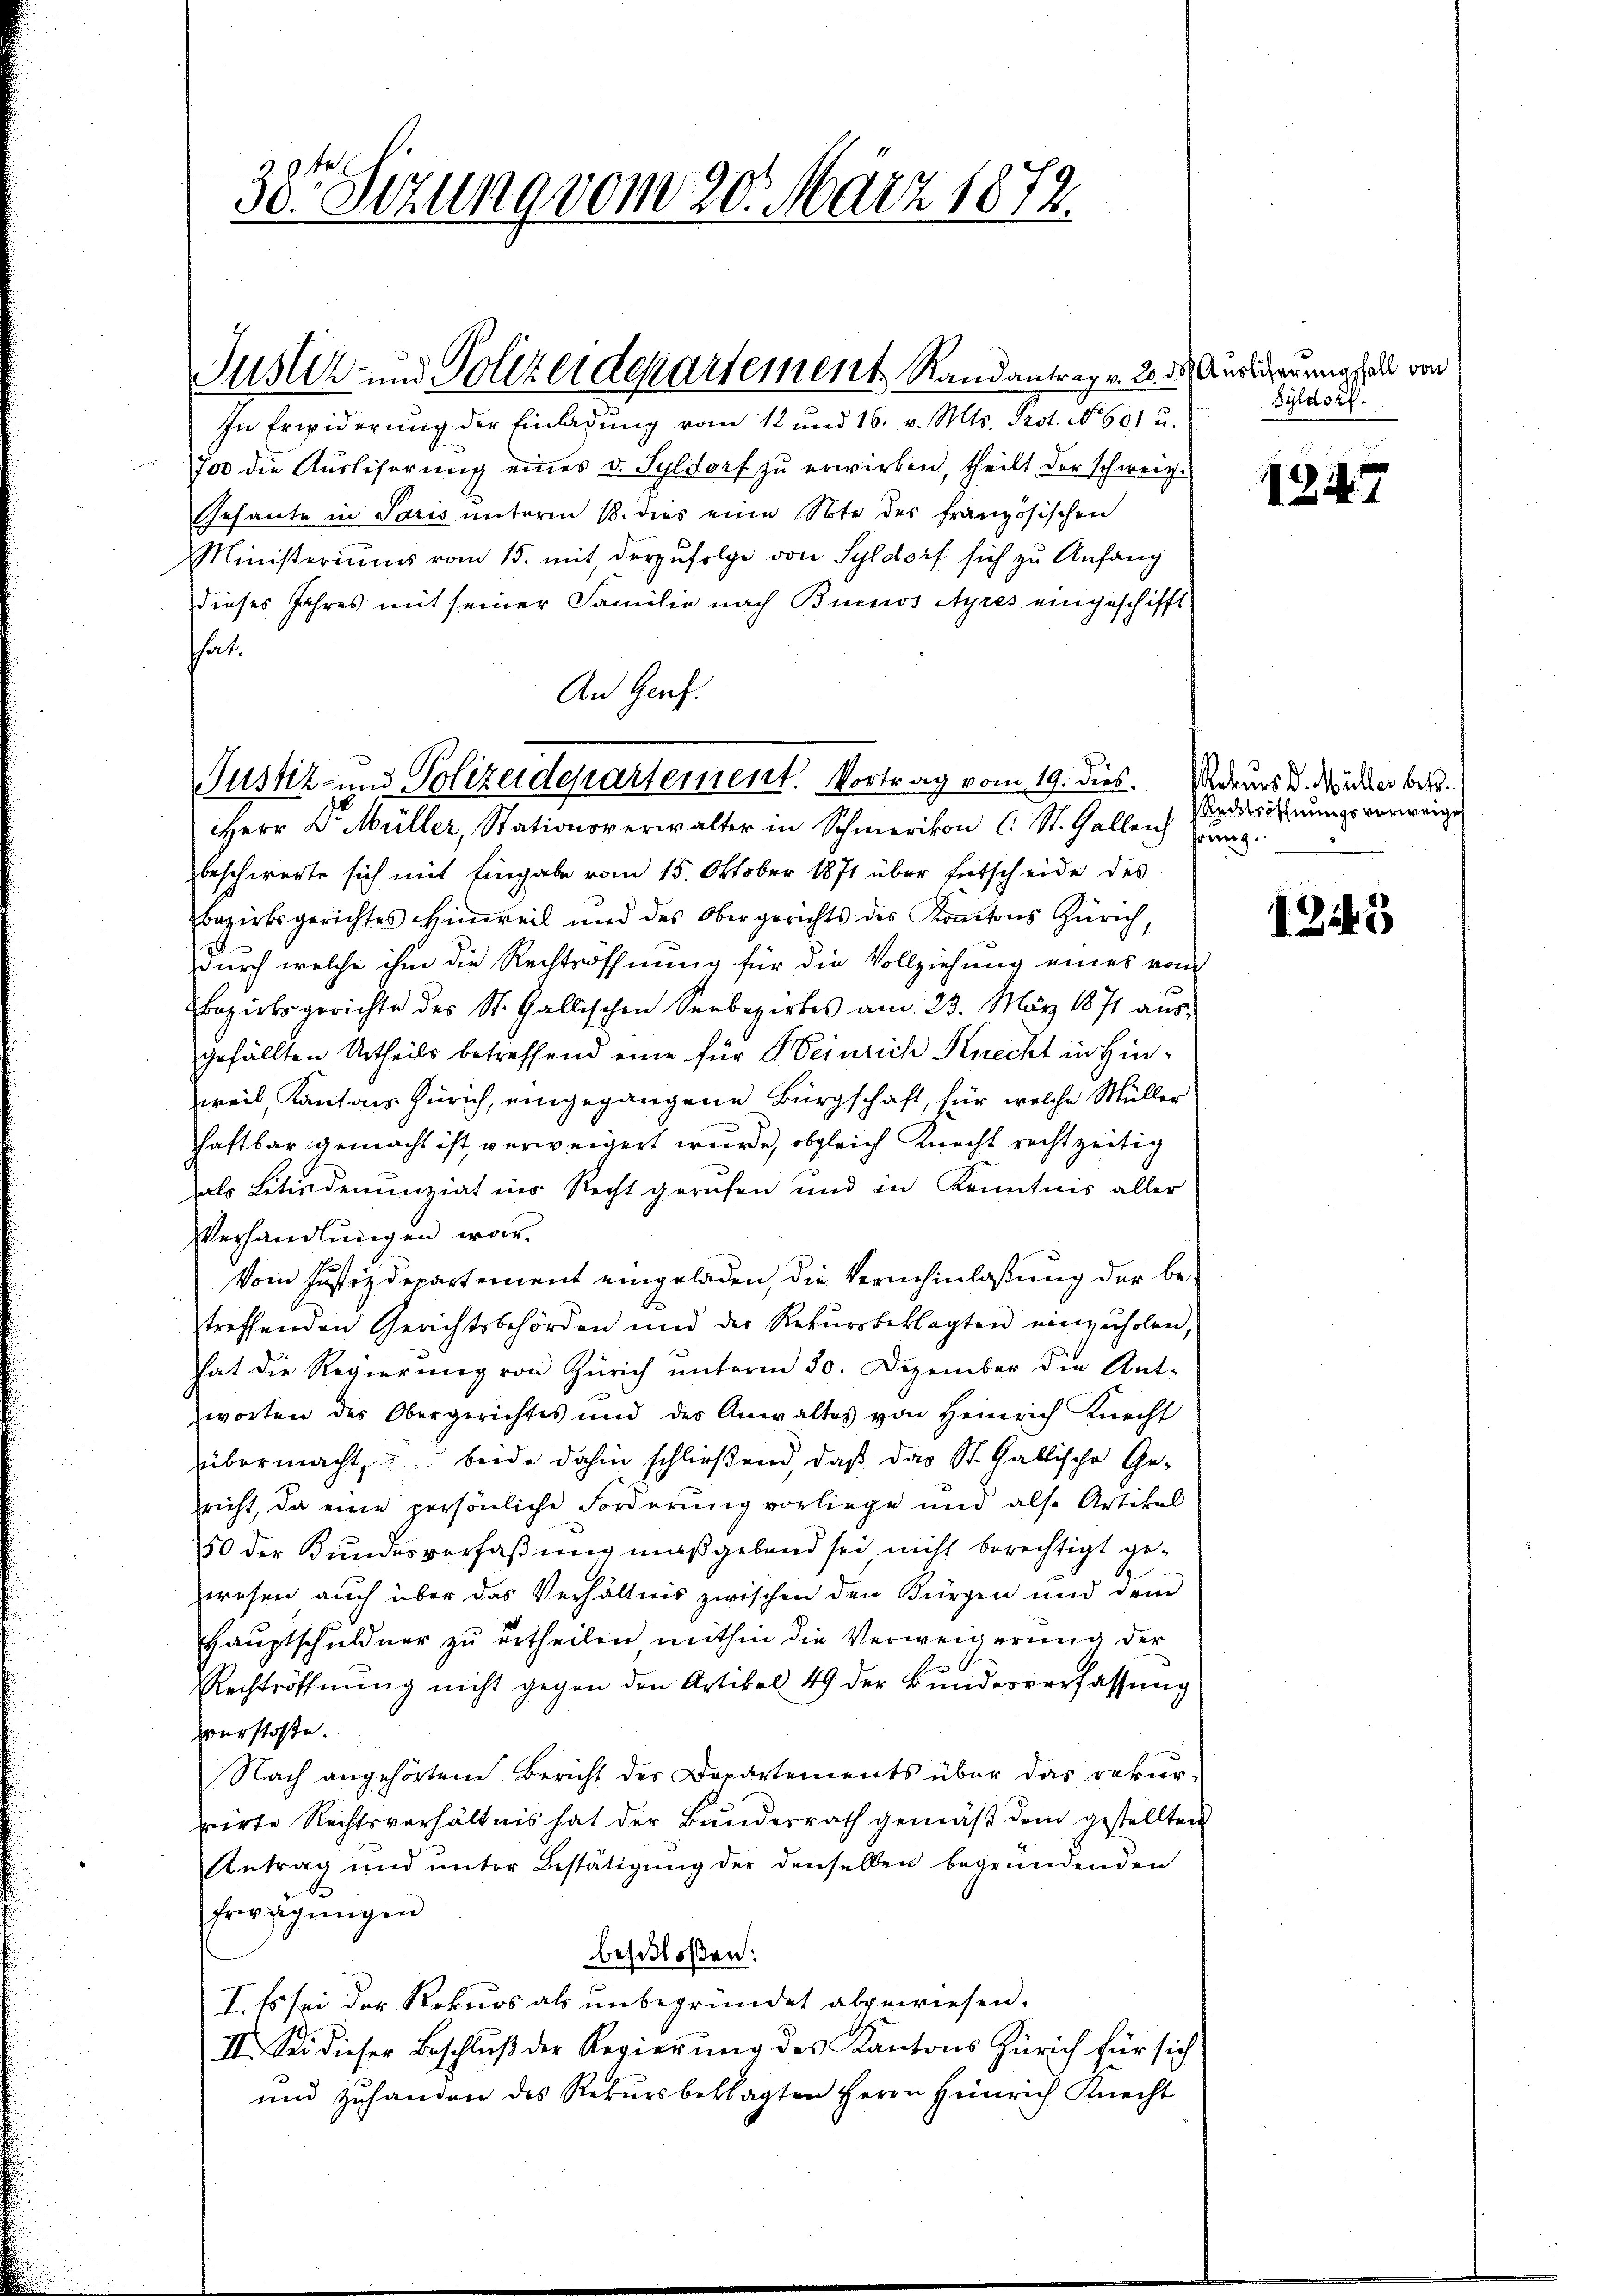
38te Sezung vom 20. März 1872.

Justiz- und Polizeidepartement Randantrage. 2. ds Audigerung als von

Justiz- und Polizeidepartement. Vortrag vom 19. dies. Andeurs d. Nicker betr.

In Erwiderung der Einladung vom 12 und 16. v. Mts. Prot. No 601 u.
700 die Aŭsliserŭng eines v. Syldorf zŭ erwirken, theilt der schweiz.
Gesante in Paris unterm 18. dies eine Note des französischen
Ministeriums vom 15. mit derzufolge von Syldorf sich zu Anfang
dieses Jahres mit seiner Familie nach Buenos Ayres eingeschifft
hat.
An Genf.
Herr Dr. Müller, Stationsverwalter in Schmerikon (: St. Gallen
beschwerte sich mit Eingabe vom 15. Oktober 1871 über Entscheide des
Bezirksgerichtes Hinweil und des Obergerichts des Kantons Zürich,
Durch welche ihm die Rechtsöffnung für die Vollziehung eines vom
Bezirksgerichte des St. Gallischen Seebezirkes am 23. März 1871 aŭs-
gefällten Urtheils betreffend eine für Heinrich Knecht in Hinweil Kantons Zürich, eingegangene Bürgschaft, für welche Müller
haftbar gemacht ist, verweigert wurde, obgleich Knecht rechtzeitig
als Litudenunziat ins Recht gerufen und in Kenntnis aller
Verhandlungen war.
Vom Justizdepartement eingeladen, die Vernehmlaßung der betreffenden Gerichtsbehörden und der Rekursbeklagten einzuholen,
hat die Regierŭng von Zürich ŭnterm 30. Dezember die Ant-
worten des Obergerichtes und des Anwaltes von Heinrich Knecht
übermacht, beide dahin schließend, daß das St. Gallische Gericht, da eine persönliche Forderung vorliege und also Artikel
150 der Bundesverfaßung maßgebend sei nicht berechtigt gewesen auch über das Verhältnis zwischen den Bürgen und dem
Hauptschuldner zu ertheilen mithin die Verweigerung der
Rechtröffnung nicht gegen den Artikel 49 der Bundesverfassung
verstoffe.
Nach angehörtem Bericht des Departements über das rekur-
rirte Rechtsverhältnis hat der Bundesrath gemäß dem gestellten
Antrag und unter Bestätigung der denselben begründenden
d
Erregungen
beschloßen:
I. Es sei der Rekurs als unbegründet abgewiesen.
II. Sei dieser Beschlŭβ der Regierŭng des Kantons Zürich für sich
und zuhanden des Rekursbeklagten Herrn Heinrich Knecht

Syldorf.

1247

Recktröffnungsverweiger
hrung.

1245